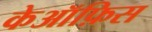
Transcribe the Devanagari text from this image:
केऑफ़िस